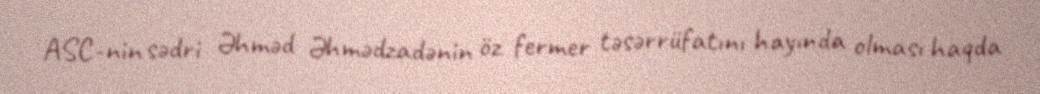
ASC-nin sədri Əhməd Əhmədzadənin öz fermer təsərrüfatını hayında olması haqda